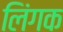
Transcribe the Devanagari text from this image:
लिंगक